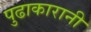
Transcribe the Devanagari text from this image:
पुढाकारानी